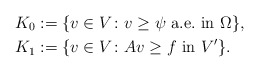
\begin{align*}K_0&:=\{v\in V \colon v\ge \psi\mbox{ a.e.~in }\Omega\},\\K_1&:=\{v\in V \colon Av\ge f \mbox{ in }V'\}.\end{align*}